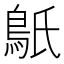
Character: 䲬